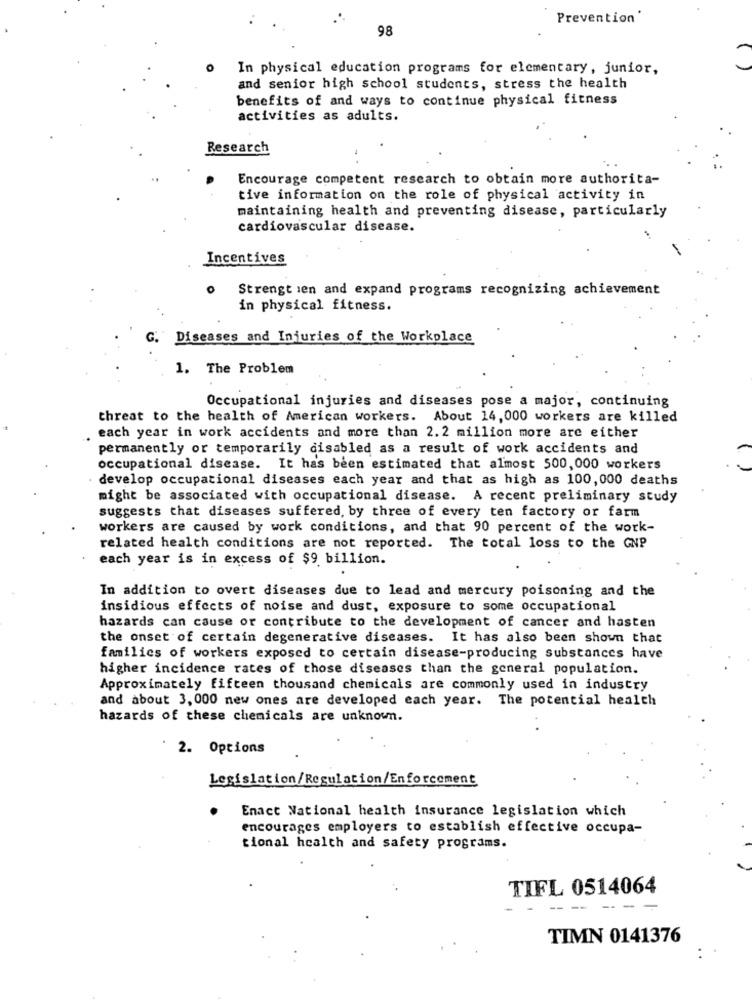
Prevention
98
In physical education programs for elementary, junior,
and senior high school students, stress the health
benefits of and ways to continue physical fitness
activities as adults.
Research
Encourage competent research to obtain more authorita-
tive information on the role of physical activity in
maintaining health and preventing disease, particularly
cardiovascular disease.
Incentives
0
Strengt ien and expand programs recognizing achievement
in physical fitness.
G. Diseases and Injuries of the Workplace
1. The Problem
Occupational injuries and diseases pose a major, continuing
threat to the health of American workers. About 14, 000 workers are killed
each year in work accidents and more than 2. 2 million more are either
permanently or temporarily disabled as a result of work accidents and
occupational disease. It has been estimated that almost 500,000 workers
develop occupational diseases each year and that as high as 100, 000 deaths
might be associated with occupational disease. A recent preliminary study
suggests that diseases suffered, by three of every ten factory or farm
workers are caused by work conditions, and that 90 percent of the work-
related health conditions are not reported. The total loss to the GNP
each year is in excess of $9 billion.
In addition to overt diseases due to lead and mercury poisoning and the
insidious effects of noise and dust, exposure to some occupational
hazards can cause or contribute to the development of cancer and hasten
the onset of certain degenerative diseases. It has also been shown that
families of workers exposed to certain disease-producing substances have
higher incidence rates of those diseases than the general population.
Approximately fifteen thousand chemicals are commonly used in industry
and about 3, 000 new ones are developed each year. The potential health
hazards of these chemicals are unknown.
2. Options
Legislation/Regulation/Enforcement
Enact National health insurance legislation which
encourages employers to establish effective occupa-
tional health and safety programs.
TIFL 0514064
--
TIMN 0141376